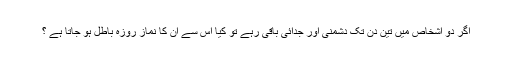
اگر دو اشخاص میں تین دن تک دشمنی اور جدائی باقی رہے تو کیا اس سے ان کا نماز روزہ باطل ہو جاتا ہے ؟